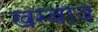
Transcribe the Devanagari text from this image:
खम्बाव